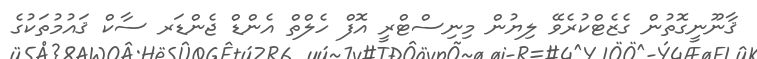
ޤާނޫނީގޮތުން ގެޒެޓްކުރެވޭ ލިޔުން މިނިސްޓްރީ އޮފް ހެލްތް އެންޑް ޖެންޑަރ ސާކް ޤައުމުތަކުގެ